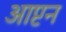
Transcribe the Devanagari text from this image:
आप्टन